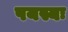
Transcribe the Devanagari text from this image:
पयस्यः